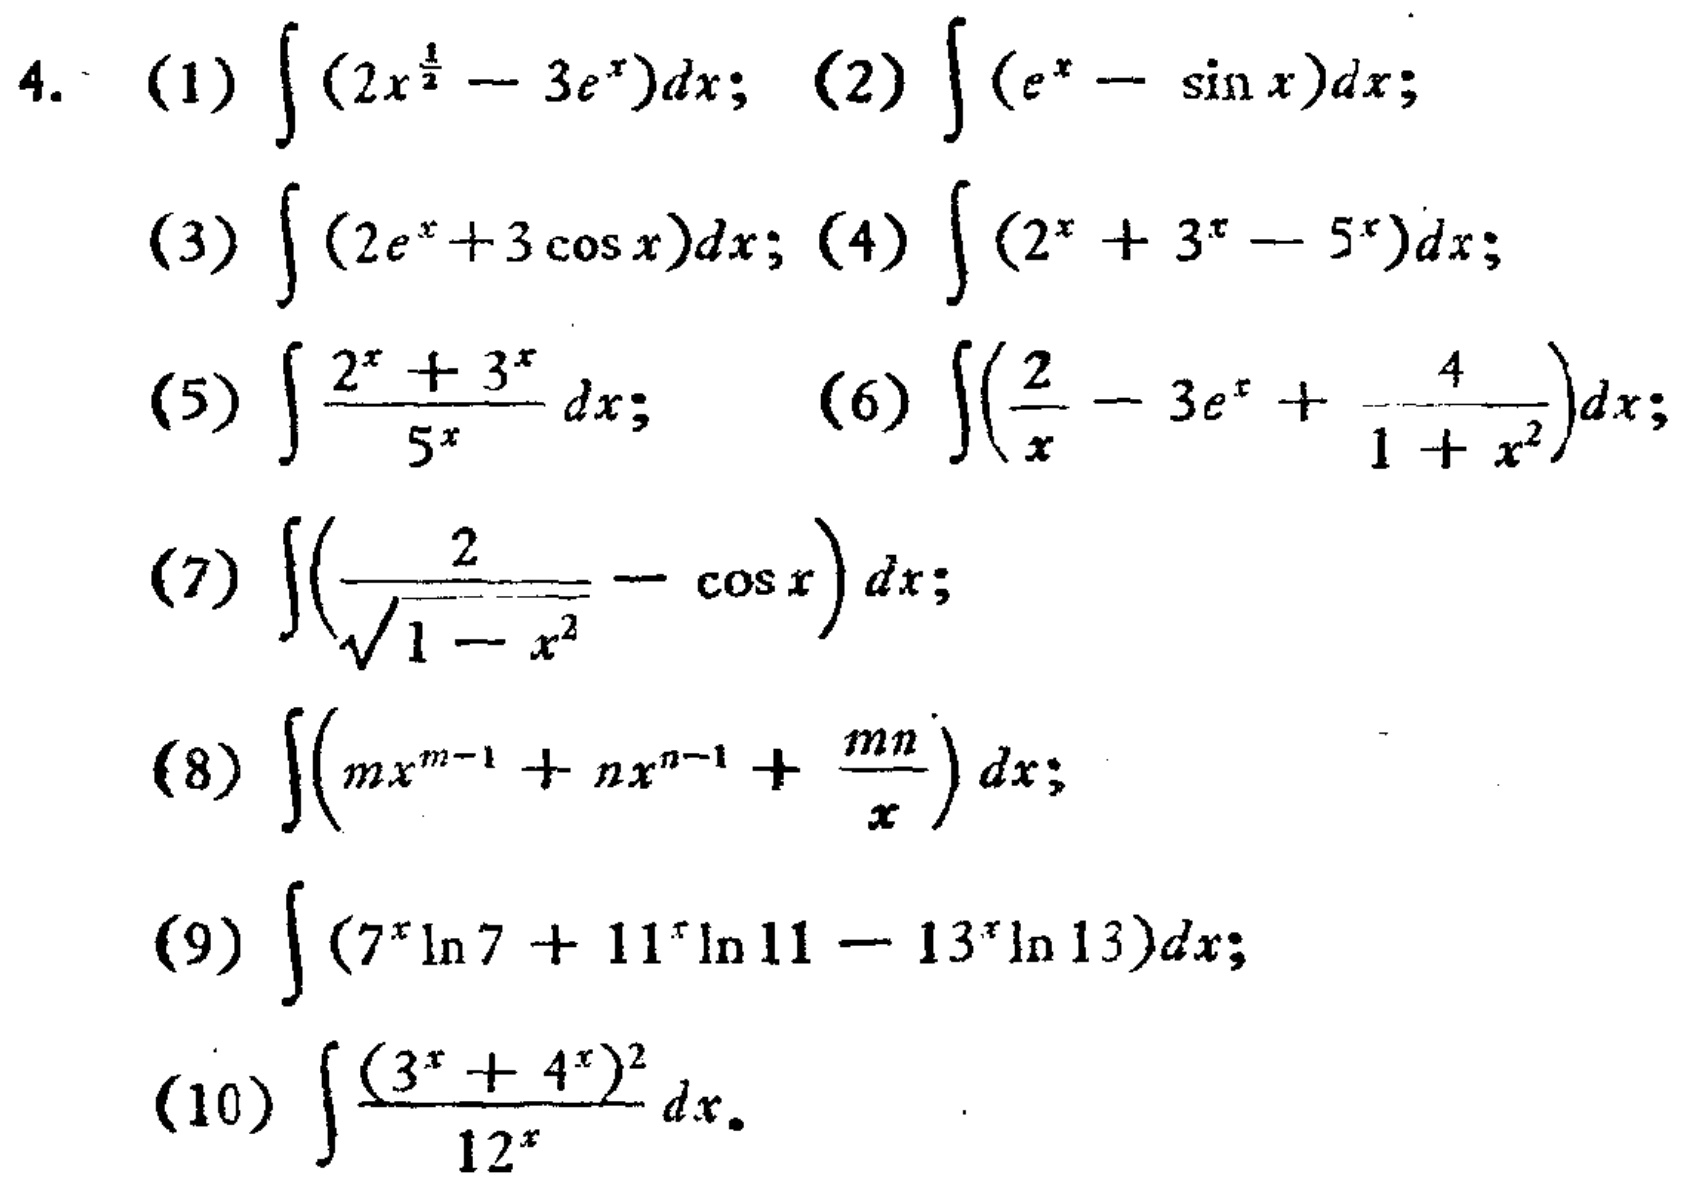
4.
(1) \(\int(2x^{\frac{1}{2}} - 3e^{x})dx\);
(2) \(\int(e^{x}-\sin x)dx\);
(3) \(\int(2e^{x}+3\cos x)dx\);
(4) \(\int(2^{x}+3^{x}-5^{x})dx\);
(5) \(\int\frac{2^{x}+3^{x}}{5^{x}}dx\);
(6) \(\int(\frac{2}{x}-3e^{x}+\frac{4}{1 + x^{2}})dx\);
(7) \(\int(\frac{2}{\sqrt{1 - x^{2}}}-\cos x)dx\);
(8) \(\int(mx^{m - 1}+nx^{n - 1}+\frac{mn}{x})dx\);
(9) \(\int(7^{x}\ln7+11^{x}\ln11 - 13^{x}\ln13)dx\);
(10) \(\int\frac{(3^{x}+4^{x})^{2}}{12^{x}}dx\)